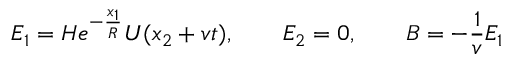
E _ { 1 } = H e ^ { - \frac { x _ { 1 } } { R } } U ( x _ { 2 } + v t ) , \qquad E _ { 2 } = 0 , \qquad B = - \frac { 1 } { v } E _ { 1 }